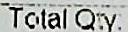
TOTAL QTY: